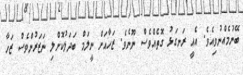
ބޭނުމެއްނުވިއެވެ. އެއީ ރަނގަޅު ގޮތެއްވެސް ނޫނެވެ. ޒަހާއަށް ނީލަމް ބަދަލުކޮށްލި ނަޒަރުންވެސް ޒަހާ